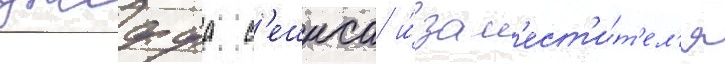
джеффа с'ешнса и́ зам'ест'и́т'ел'я